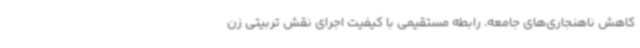
کاهش ناهنجاری‌های جامعه، رابطه مستقیمی با کیفیت اجرای نقش تربیتی زن